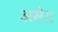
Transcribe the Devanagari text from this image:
असे॥